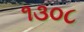
૧૩૦૮